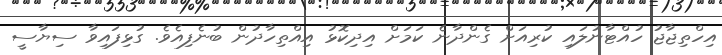
އިހްތިޖާޖު ހުއްޓާނުލައި ކުރިއަށް ގެންދާނެ ކަމަށް އިދިކޮޅު އިއްތިހާދުން ބުނެފިއެވެ. ގުޅިފައިވާ ސިޔާސީ